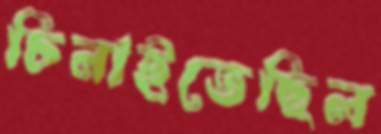
চিনাইতেছিল